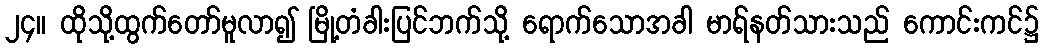
၂၄။ ထိုသို့ထွက်တော်မူလာ၍ မြို့တံခါးပြင်ဘက်သို့ ရောက်သောအခါ မာရ်နတ်သားသည် ကောင်းကင်၌